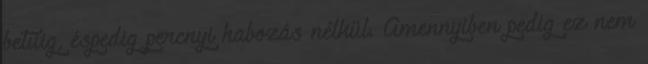
betűig, éspedig percnyi habozás nélkül. Amennyiben pedig ez nem